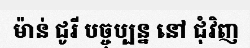
ម៉ាន់ ជូរី បច្ចុប្បន្ន នៅ ជុំវិញ